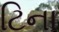
ટિના